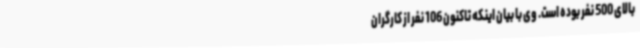
بالای 500 نفر بوده است. وی با بیان اینکه تاکنون 106 نفر از کارگران